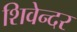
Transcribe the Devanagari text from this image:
शिवेन्दर